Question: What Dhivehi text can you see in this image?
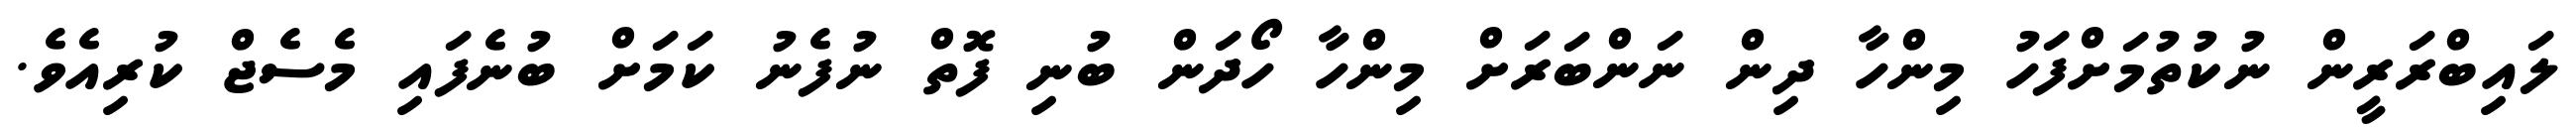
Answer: ލައިބްރަރީން ނުކުތުމަށްފަހު މިންހާ ދިން ނަންބަރަށް މިންހާ ހޯދަން ބުނި ފޮތް ނުފެނު ކަމަށް ބުނެފައި މެސެޖް ކުރިއެވެ.